Lunatic asylums Central Provinces reports 1874-1885 - 1874-1885
Year: 1874
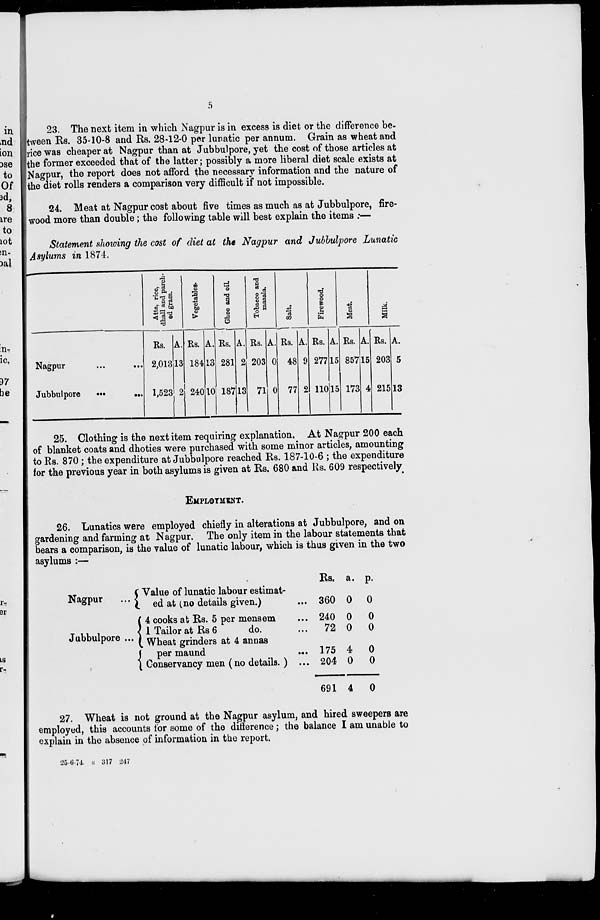
5
23. The next item in which Nagpur is in excess is diet or the difference be-
tween Rs. 35-10-8 and Rs. 28-12-0 per lunatic per annum. Grain as wheat and
rice was cheaper at Nagpur than at Jubbulpore, yet the cost of those articles at
the former exceeded that of the latter; possibly a more liberal diet scale exists at
Nagpur, the report does not afford the necessary information and the nature of
the diet rolls renders a comparison very difficult if not impossible.
24. Meat at Nagpur cost about five times as much as at Jubbulpore, fire-
wood more than double; the following table will best explain the items :—
Statement showing the cost of diet at the Nagpur and Jubbulpore Lunatic
Asylums in 1874.
Nagpur
...
...
Jubbulpore
...
...
Atta, rice,
dball and parch-
ed gram.
Rs.
2,013
1,523
A.
13
2
Vegetables.
Rs.
184
240
A.
13
10
Ghee and oil.
Rs.
281
187
A.
2
13
Tobacco and
msasala.
Rs.
203
71
A.
0
0
Salt.
Rs.
48
77
A.
9
2
Firewood.
Rs.
277
110
A.
15
15
Meat.
Rs.
857
173
A.
15
4
Milk.
Rs.
203
215
A.
5
13
25. Clothing is the next item requiring explanation. At Nagpur 200 each
of blanket coats and dhoties were purchased with some minor articles, amounting
to Rs. 870; the expenditure at Jubbulpore reached Rs. 187-10-6 ; the expenditure
for the previous year in both asylums is given at Rs. 680 and Rs. 609 respectively.
EMPLOYMENT.
26. Lunatics were employed chiefly in alterations at Jubbulpore, and on
gardening and farming at Nagpur. The only item in the labour statements that
bears a comparison, is the value of lunatic labour, which is thus given in the two
asylums :—
Nagpur
...
Jubbulpore ...
Value of lunatic labour estimat-
ed at (no details given.) ...
4 cooks at Rs. 5 per mensem ...
1 Tailor at Rs 6
do.
Wheat grinders at 4 annas
per maund
...
Conservancy men (no details. ) ...
Rs.
360
240
72
175
204
691
a.
0
0
0
4
0
4
P.
0
0
0
0
0
0
27. Wheat is not ground at the Nagpur asylum, and hired sweepers are
employed, this accounts for some of the difference; the balance I am unable to
explain in the absence of information in the report.
25-6-74. S 317 247